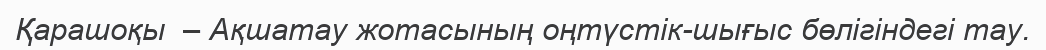
Қарашоқы  – Ақшатау жотасының оңтүстік-шығыс бөлігіндегі тау.